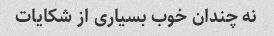
نه چندان خوب بسیاری از شکایات